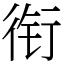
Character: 衔